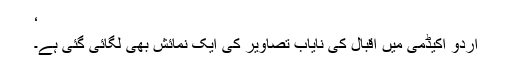
‘
اردو اکیڈمی میں اقبال کی نایاب تصاویر کی ایک نمائش بھی لگائی گئی ہے۔